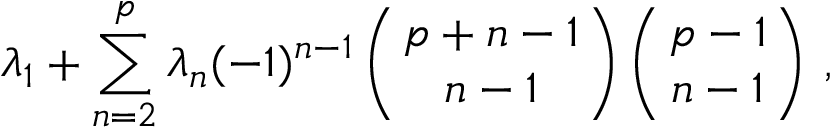
\lambda _ { 1 } + \sum _ { n = 2 } ^ { p } \lambda _ { n } ( - 1 ) ^ { n - 1 } \left( { p + n - 1 \atop n - 1 } \right) \left( { p - 1 \atop n - 1 } \right) \, ,